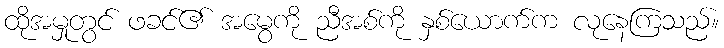
ထိုအမှုတွင် ဖခင်၏ အမွေကို ညီအစ်ကို နှစ်ယောက်က လုနေကြသည်။